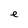
Character: e